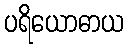
ပရိယောဓာယ